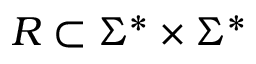
R \subset \Sigma ^ { * } \times \Sigma ^ { * }